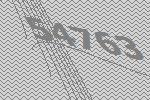
54763